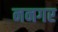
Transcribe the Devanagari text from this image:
ननगर